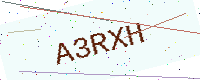
Text: A3RXH